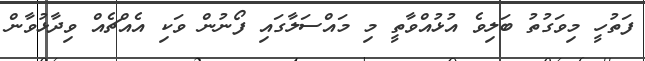
ފަތުހީ މިވަގުތު ބަލިވެ އުޅުއްވާތީ މި މައްސަލާގައި ފޯނުން ވަކި އެއްޗެއް ވިދާޅުވާން